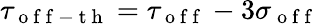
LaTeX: \tau_{\mathrm{~o~f~f~-~t~h~}}=\tau_{\mathrm{~o~f~f~}}-3\sigma_{\mathrm{~o~f~f~}}